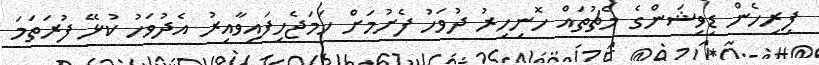
ފިރިހެން ޑިވިޝަންގެ މެޗުތައް ހޮނިހިރު ދުވަހު ފެށުމަށް ހަމަޖެހިފައިވާއިރު އެދުވަހު ކުޅޭ ފުރަތަމަ